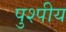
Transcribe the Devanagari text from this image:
पुश्पीय